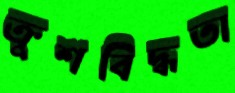
ক্রুশবিদ্ধতা